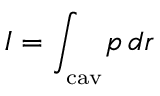
I = \int _ { _ \mathrm { c a v } } \! p \, d r